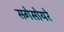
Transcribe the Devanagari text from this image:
सगेसोयरे